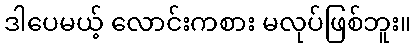
ဒါပေမယ့် လောင်းကစား မလုပ်ဖြစ်ဘူး။